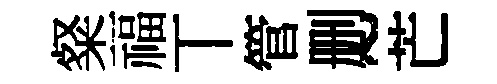
粲福丅管删~芒